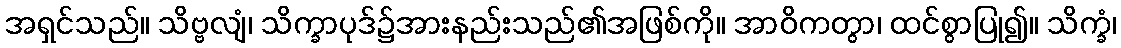
အရှင်သည်။ သိဗ္ဗလျံ၊ သိက္ခာပုဒ်၌အားနည်းသည်၏အဖြစ်ကို။ အာဝိကတွာ၊ ထင်စွာပြု၍။ သိက္ခံ၊